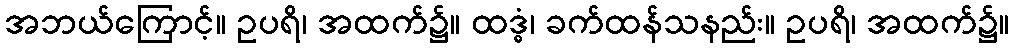
အဘယ်ကြောင့်။ ဥပရိ၊ အထက်၌။ ထဒ္ဓံ၊ ခက်ထန်သနည်း။ ဥပရိ၊ အထက်၌။